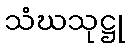
သံဃသုဋ္ဌု